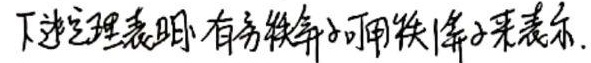
下述定理表明，有界线性算子可用秩1算子来表示。